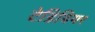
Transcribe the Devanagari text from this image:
टेडिबियर